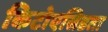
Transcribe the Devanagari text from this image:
किटोएसिडता